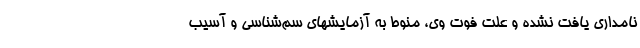
نامداری یافت نشده و علت فوت وی، منوط به آزمایشهای سم‌شناسی و آسیب